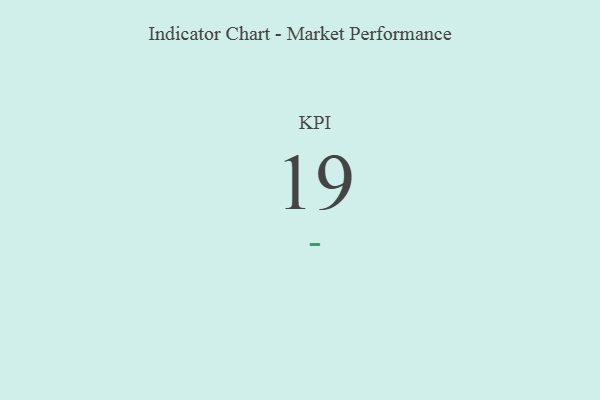
{"axis": {"x": "KPI", "y": "Value"}, "legend": [""], "data": [{"x": "KPI", "y": 19, "type": ""}]}